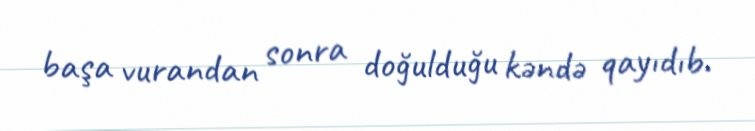
başa vurandan sonra doğulduğu kəndə qayıdıb.